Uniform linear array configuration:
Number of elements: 16
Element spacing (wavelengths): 1
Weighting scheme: hamming
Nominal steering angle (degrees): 0
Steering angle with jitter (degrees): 0.8267
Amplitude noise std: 0.05
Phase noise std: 0.05

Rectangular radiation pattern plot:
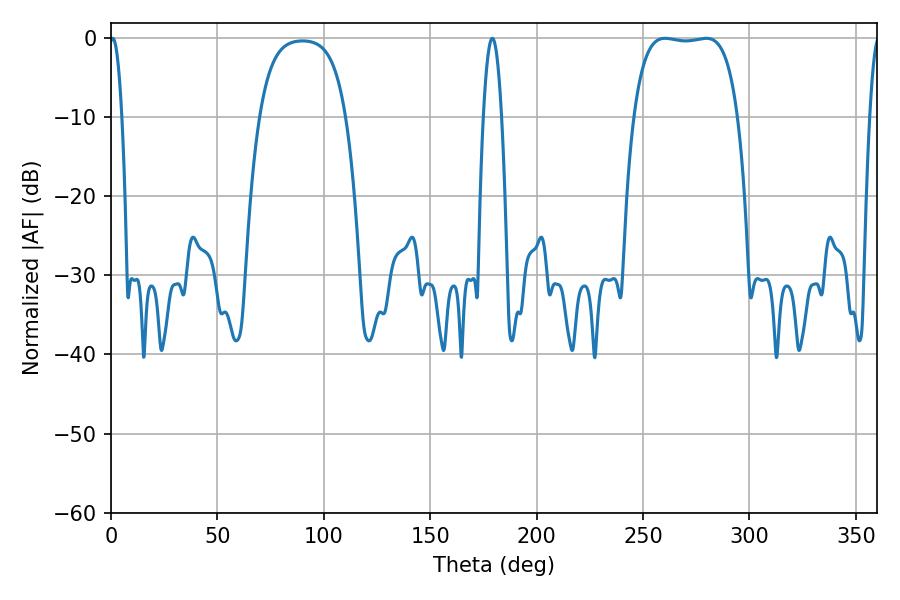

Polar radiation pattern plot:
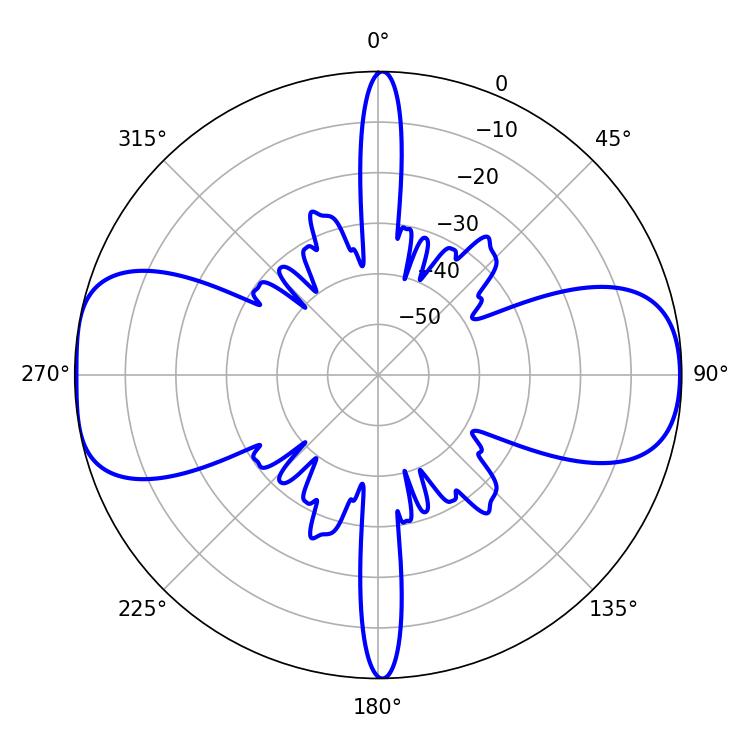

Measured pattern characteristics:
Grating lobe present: TRUE
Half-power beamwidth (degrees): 38.52
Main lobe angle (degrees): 260.28